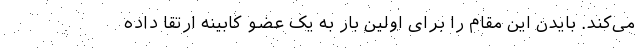
می‌کند. بایدن این مقام را برای اولین بار به یک عضو کابینه ارتقا داده